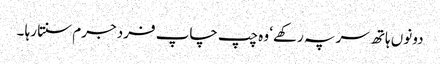
دونوں ہاتھ سر پہ رکھے‘ وہ چپ چاپ فرد جرم سنتا رہا ۔